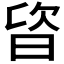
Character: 𣆾